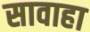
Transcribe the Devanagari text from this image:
सावाहा